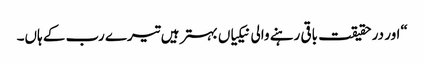
“اور در حقیقت باقی رہنے والی نیکیاں بہتر ہیں تیرے رب کے ہاں۔